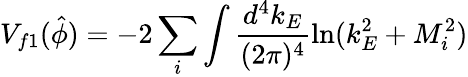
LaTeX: V_{f1}(\hat{\phi})=-2\sum_{i}\int\frac{d^{4}k_{E}}{(2\pi)^{4}}\ln(k_{E}^{2}+M_{i}^{2})